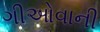
ગીઓવાની